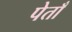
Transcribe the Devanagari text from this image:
पेताँ